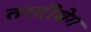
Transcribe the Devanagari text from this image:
तरदीबेग